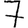
Digit: 7